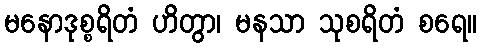
မနောဒုစ္စရိတံ ဟိတွာ၊ မနသာ သုစရိတံ စရေ။